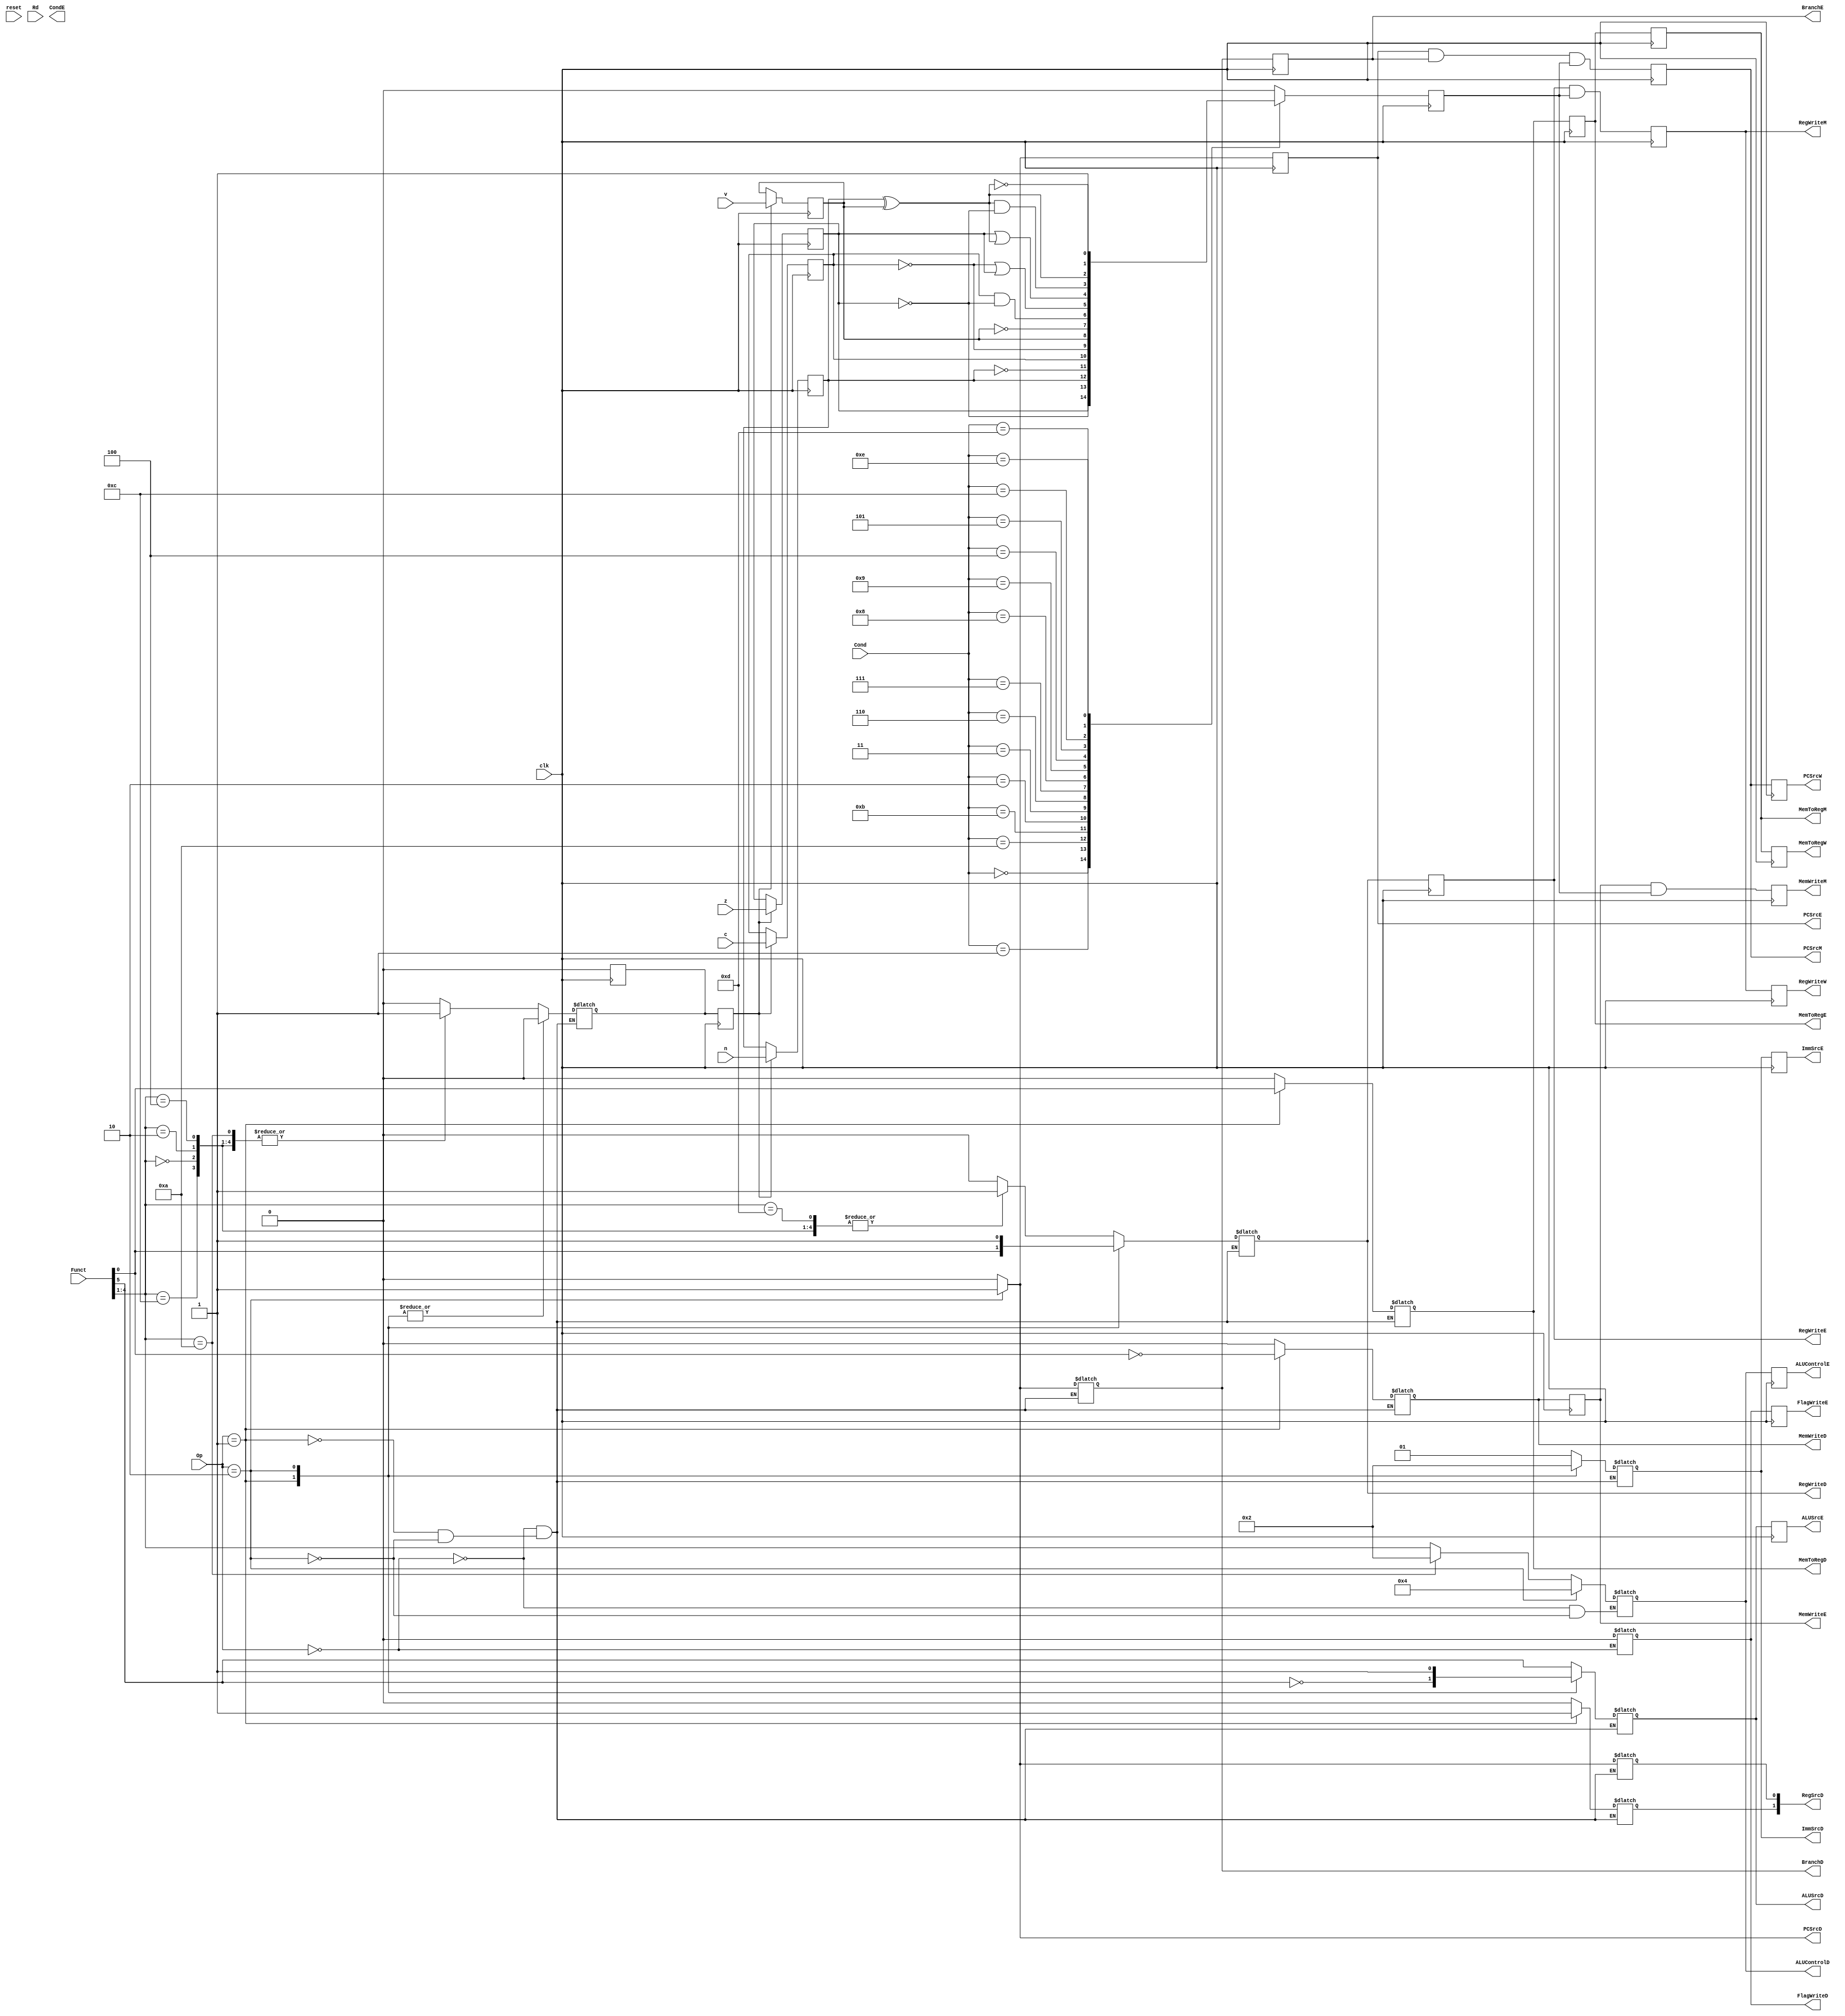
module Controller #(
	parameter WIDTH = 32
)(
	input clk,
	input reset,

	input [1:0] Op,
	input [5:0] Funct,
	input [3:0] Rd,
	input [3:0] Cond,

	/* ALU Flags */
	input n, z, c, v,

	/* Decode */
	output reg PCSrcD,
	output reg BranchD,
	output reg RegWriteD,
	output reg MemWriteD,
	output reg MemToRegD,
	output reg [3:0] ALUControlD,
	output reg ALUSrcD,
	output reg FlagWriteD,
	output reg [1:0] ImmSrcD,
	output reg [1:0] RegSrcD,

	/* Execute */
	output reg PCSrcE,
	output reg BranchE,
	output reg RegWriteE,
	output reg MemWriteE,
	output reg MemToRegE,
	output reg [3:0] ALUControlE,
	output reg ALUSrcE,
	output reg FlagWriteE,
	output reg [1:0] ImmSrcE,
	output reg CondE,

	/* Memory */
	output reg PCSrcM,
	output reg RegWriteM,
	output reg MemWriteM,
	output reg MemToRegM,

	/* Write Back */
	output reg PCSrcW,
	output reg RegWriteW,
	output reg MemToRegW
);
	reg CondEx;
	reg updateFlagsD, updateFlagsE;
	reg flagN, flagZ, flagC, flagV;

	parameter 	AND=4'b0000,
				EXOR=4'b0001,
				SubtractionAB=4'b0010,
				SubtractionBA=4'b0011,
				Addition=4'b0100,
				Addition_Carry=4'b0101,
				SubtractionAB_Carry=4'b0110,
				SubtractionBA_Carry=4'b0111,
				ORR=4'b1100,
				Move=4'b1101,
				Bit_Clear=4'b1110,
				Move_Not=4'b1111;

	parameter CMD_ADD = 4'b0100,
			  CMD_SUB = 4'b0010,
			  CMD_AND = 4'b0000,
			  CMD_ORR = 4'b1100,
			  CMD_MOV = 4'b1101,
			  CMD_CMP = 4'b1010;

	initial begin
	end

	always @(Op or Funct or Rd) begin
		case(Op)
			2'b00: // Data Processing
				begin
				
				PCSrcD <= 1'b0;
				BranchD <= 1'b0;

				case(Funct[4:1])
					CMD_ADD, CMD_SUB, CMD_AND, CMD_ORR: 
					begin
						RegWriteD <= 1'b1;
						ALUControlD <= Funct[4:1];
						updateFlagsD <= 1'b1;
					end
					CMD_MOV:
					begin
						RegWriteD <= 1'b1;
						ALUControlD <= Funct[4:1];
						updateFlagsD <= 1'b0;
					end
					CMD_CMP:	
					begin
						RegWriteD <= 1'b0;
						ALUControlD <= CMD_SUB;
						updateFlagsD <= 1'b1;
					end
					default:	
					begin
						RegWriteD <= 1'b0;
						ALUControlD <= Funct[4:1];
						updateFlagsD <= 1'b0;
					end
				endcase

				MemWriteD <= 1'b0;
				MemToRegD <= 1'b0;
				ALUSrcD <= Funct[5];
				FlagWriteD <= 1'b0;
				ImmSrcD <= 2'b01;
				RegSrcD[0] <= 1'b0;
				RegSrcD[1] <= 1'b0;
				
				end

			2'b01: // Memory
				begin
				
				PCSrcD <= 1'b0;
				BranchD <= 1'b0;
				RegWriteD <= Funct[0]; // LDR
				MemWriteD <= ~Funct[0]; // STR
				MemToRegD <= Funct[0]; // LDR
				ALUSrcD <= ~Funct[5];
				ImmSrcD <= 2'b00;
				RegSrcD[0] <= 1'b0;
				RegSrcD[1] <= 1'b1;
				updateFlagsD <= 1'b0;
				
				end

			2'b10: // Branch
				begin
				
				PCSrcD <= 1'b1;
				BranchD <= 1'b1;
				RegWriteD <= 1'b1;
				MemWriteD <= 1'b0;
				MemToRegD <= 1'b0;
				ALUSrcD <= 1'b1;
				ImmSrcD <= 2'b10;
				RegSrcD[0] <= 1'b1;
				RegSrcD[1] <= 1'b0;
				updateFlagsD <= 1'b0;

				ALUControlD <= Addition;
				
				end

			default:
				PCSrcD <= 1'b0;
		endcase
	end

	always @(posedge clk) begin
		PCSrcE <= PCSrcD;
		BranchE <= BranchD;
		RegWriteE <= RegWriteD;
		MemWriteE <= MemWriteD;
		MemToRegE <= MemToRegD;
		ALUControlE <= ALUControlD;
		ALUSrcE <= ALUSrcD;
		FlagWriteE <= FlagWriteD;
		ImmSrcE <= ImmSrcD;
	end

	always @(posedge clk) begin
		PCSrcM <= PCSrcE && BranchE && CondEx;
		RegWriteM <= RegWriteE && CondEx;
		MemWriteM <= MemWriteE && CondEx;
		MemToRegM <= MemToRegE;		
	end

	always @(posedge clk) begin
		updateFlagsE <= updateFlagsD;

		if(updateFlagsD == 1'b1) begin
			updateFlagsD <= 1'b0;
		end

		if(updateFlagsE == 1'b1) begin
			flagN <= n;
			flagZ <= z;
			flagC <= c;
			flagV <= v;
		end
	end

	always @(posedge clk) begin
		PCSrcW <= PCSrcM;
		RegWriteW <= RegWriteM;
		MemToRegW <= MemToRegM;
	end

	always @(posedge clk) begin		
		case (Cond)
			4'b0000: CondEx = flagZ;                  // Equal / zero
			4'b0001: CondEx = ~flagZ;                 // Not equal / non-zero
			4'b1010: CondEx = flagN;                  // Negative / less than
			4'b1011: CondEx = ~flagN;                 // Positive or zero / greater than or equal
			4'b0010: CondEx = flagC;                  // Unsigned higher or same / carry set
			4'b0011: CondEx = ~flagC;                 // Unsigned lower / carry clear
			4'b0110: CondEx = flagV;                  // Overflow
			4'b0111: CondEx = ~flagV;                 // No overflow
			4'b1000: CondEx = flagC & ~flagZ;             // Unsigned higher
			4'b1001: CondEx = ~flagC | flagZ;             // Unsigned lower or same
			4'b0100: CondEx = flagZ | (flagN ^ flagV);        // Less than or equal
			4'b0101: CondEx = (flagN ^ flagV) & ~flagZ;       // Greater than
			4'b1100: CondEx = flagN ^ flagV;              // Less than
			4'b1101: CondEx = ~(flagN ^ flagV);           // Greater than or equal
			4'b1110: CondEx = 1'b1;               // Always (AL)
			// 4'b1111 is typically not used (NV / Never execute)
			default: CondEx = 0;
		endcase
	end



endmodule